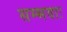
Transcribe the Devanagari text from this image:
सम्भवाः